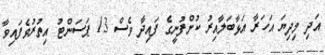
އަދި މިދިޔަ އަހަރާ އަޅާބަލާއިރު ކުންފުނީގެ ފައިދާ ވެސް 13 ޕަސަންޓު އިތުރުވެފައިވާ